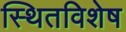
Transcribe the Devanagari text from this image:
स्थितविशेष